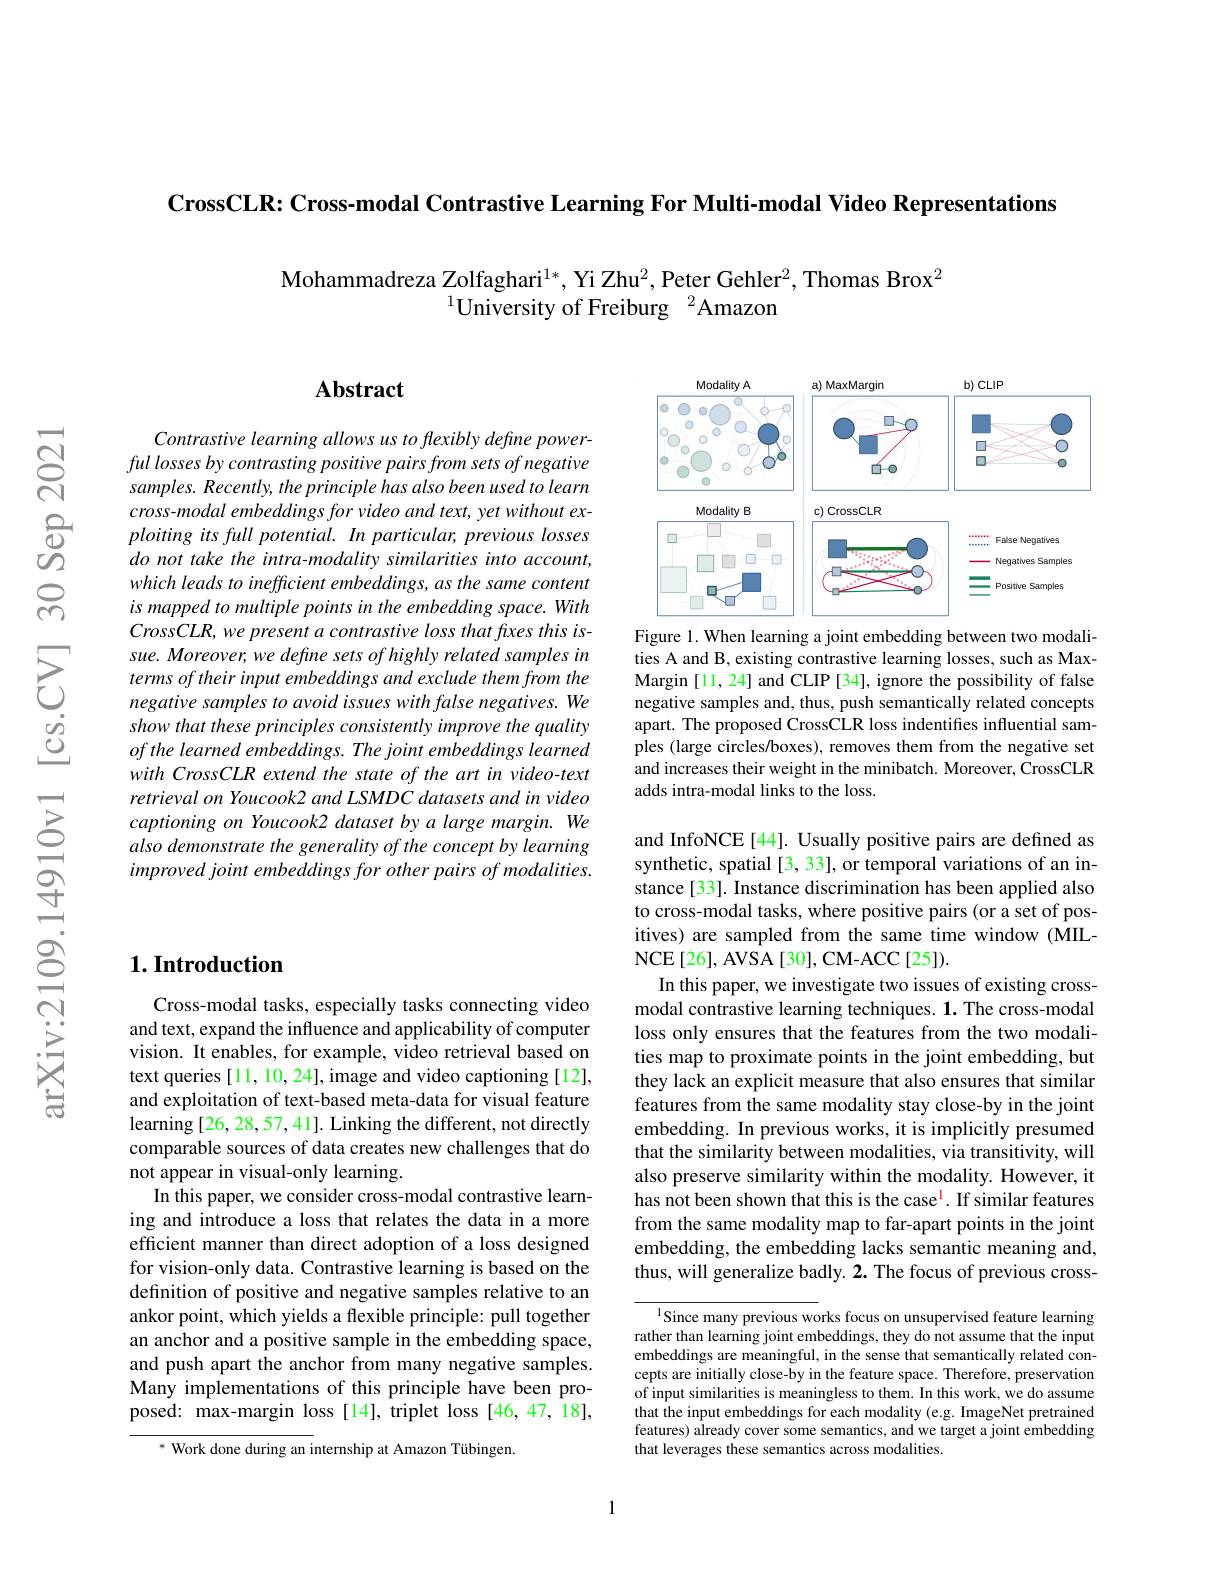
$\textbf{CrossCLR: Cross- modal Contrastive Learning For Multi- modal Video Representations}$

$\mathrm{Mohammadreza~Zolfaghari}^{1*}$, Yi Zhu$^2$,Peter Gehler$^2$,Thomas Brox$^2$
$^{1}$University of Freiburg$^2$Amazon

### $\mathbf{Abstract}$

Contrastive learning allows us to flexibly define powerful losses by contrasting positive pairs from sets of negative samples. Recently, the principle has also been used to learn $cross-modal$ embeddings for video and text, yet without exploiting its full potential. In particular, previous losses do not take the intra-modality similarities into account, which leads to inefficient embeddings, as the same content is mapped to multiple points in the embedding space. With Cross CLR, we present a contrastive loss that fixes this issue. Moreover, we define sets of highly related samples in terms of their input embeddings and exclude them from the negative samples to avoid issues with false negatives. We show that these principles consistently improve the quality $ofthe\textit{learned embeddings. The joint embeddings learned}$ with CrossCLR extend the state of the art in video-text retrieval on Youcook2 and LSMDC datasets and in video captioning on Youcook2 dataset by a large margin. We also demonstrate the generality of the concept by learning improved joint embeddings for other pairs of modalities.

## $1. \textbf{Introduction}$

Cross-modal tasks, especially tasks connecting video and text, expand the influence and applicability of computer vision. It enables, for example, video retrieval based on text queries [11, 10, 24], image and video captioning [12], and exploitation of text-based meta-data for visual feature learning [26, 28, 57, 4 1]. Linking the different, not directly comparable sources of data creates new challenges that do not appear in visual-only learning.
In this paper, we consider cross-modal contrastive learning and introduce a loss that relates the data in a more efficient manner than direct adoption of a loss designed for vision-only data. Contrastive learning is based on the definition of positive and negative samples relative to an ankor point, which yields a flexible principle: pull together an anchor and a positive sample in the embedding space, and push apart the anchor from many negative samples. Many implementations of this principle have been proposed: max-margin loss[14], triplet loss[46,47,18],

$^*$ Work done during an internship at Amazon Tübingen.

<FigureHere>
Figure 1. When learning a joint embedding between two modali-

ties A and B, existing contrastive learning losses, such as MaxMargin [11, 24] and CLIP [34], ignore the possibility of false negative samples and, thus, push semantically related concepts apart. The proposed CrossCLR loss indentifies influential samples (large circles/boxes), removes them from the negative set and increases their weight in the minibatch. Moreover, CrossCLR adds intra-modal links to the loss.

and InfoNCE [44]. Usually positive pairs are defined as synthetic, spatial [3, 33], or temporal variations of an instance [33]. Instance discrimination has been applied also to cross-modal tasks, where positive pairs (or a set of positives) are sampled from the same time window (MIL- $\operatorname{NCE}[26],\bar{\mathrm{AVSA}}[30]$,CM-ACC[25]).
In this paper, we investigate two issues of existing crossmodal contrastive learning techniques. 1. The cross-modal loss only ensures that the features from the two modalities map to proximate points in the joint embedding, but they lack an explicit measure that also ensures that similar features from the same modality stay close-by in the joint embedding. In previous works, it is implicitly presumed that the similarity between modalities, via transitivity, will also preserve similarity within the modality. However, it has not been shown that this is the case$^\mathrm{l}$. If similar features from the same modality map to far-apart points in the joint embedding, the embedding lacks semantic meaning and, thus, will generalize badly. 2. The focus of previous cross-

${\frac{\text{Since many previous wo}}{\text{rks focus on unsupervised feature learning}}}$ rather than learning joint embeddings, they do not assume that the input embeddings are meaningful, in the sense that semantically related concepts are initially close-by in the feature space. Therefore, preservation of input similarities is meaningless to them. In this work, we do assume that the input embeddings for each modality (e.g. ImageNet pretrained features) ålready cover some semantics, and we target a joint embedding that leverages these semantics across modalities.